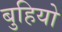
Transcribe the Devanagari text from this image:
बुहियो